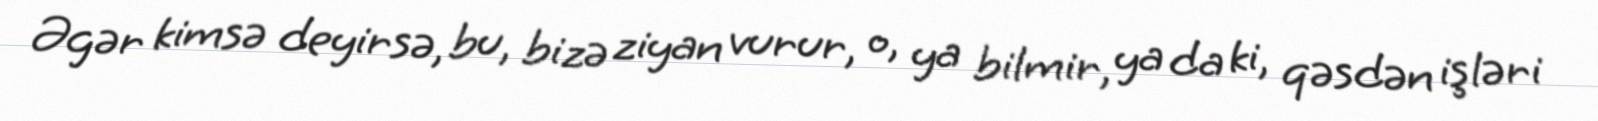
Əgər kimsə deyirsə, bu, bizə ziyan vurur, o, ya bilmir, ya da ki, qəsdən işləri